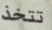
تتخذ